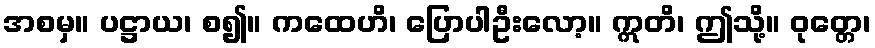
အစမှ။ ပဋ္ဌာယ၊ စ၍။ ကထေဟိ၊ ပြောပါဦးလော့။ ဣတိ၊ ဤသို့။ ဝုတ္တေ၊